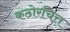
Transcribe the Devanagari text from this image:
कठोरचित्त